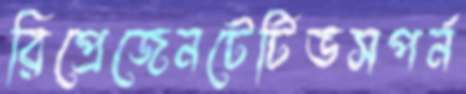
রিপ্রেজেনটেটিভসপর্ন